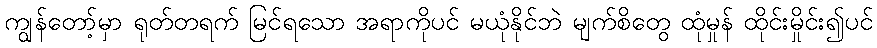
ကျွန်တော့်မှာ ရုတ်တရက် မြင်ရသော အရာကိုပင် မယုံနိုင်ဘဲ မျက်စိတွေ ထုံမှုန် ထိုင်းမှိုင်း၍ပင်